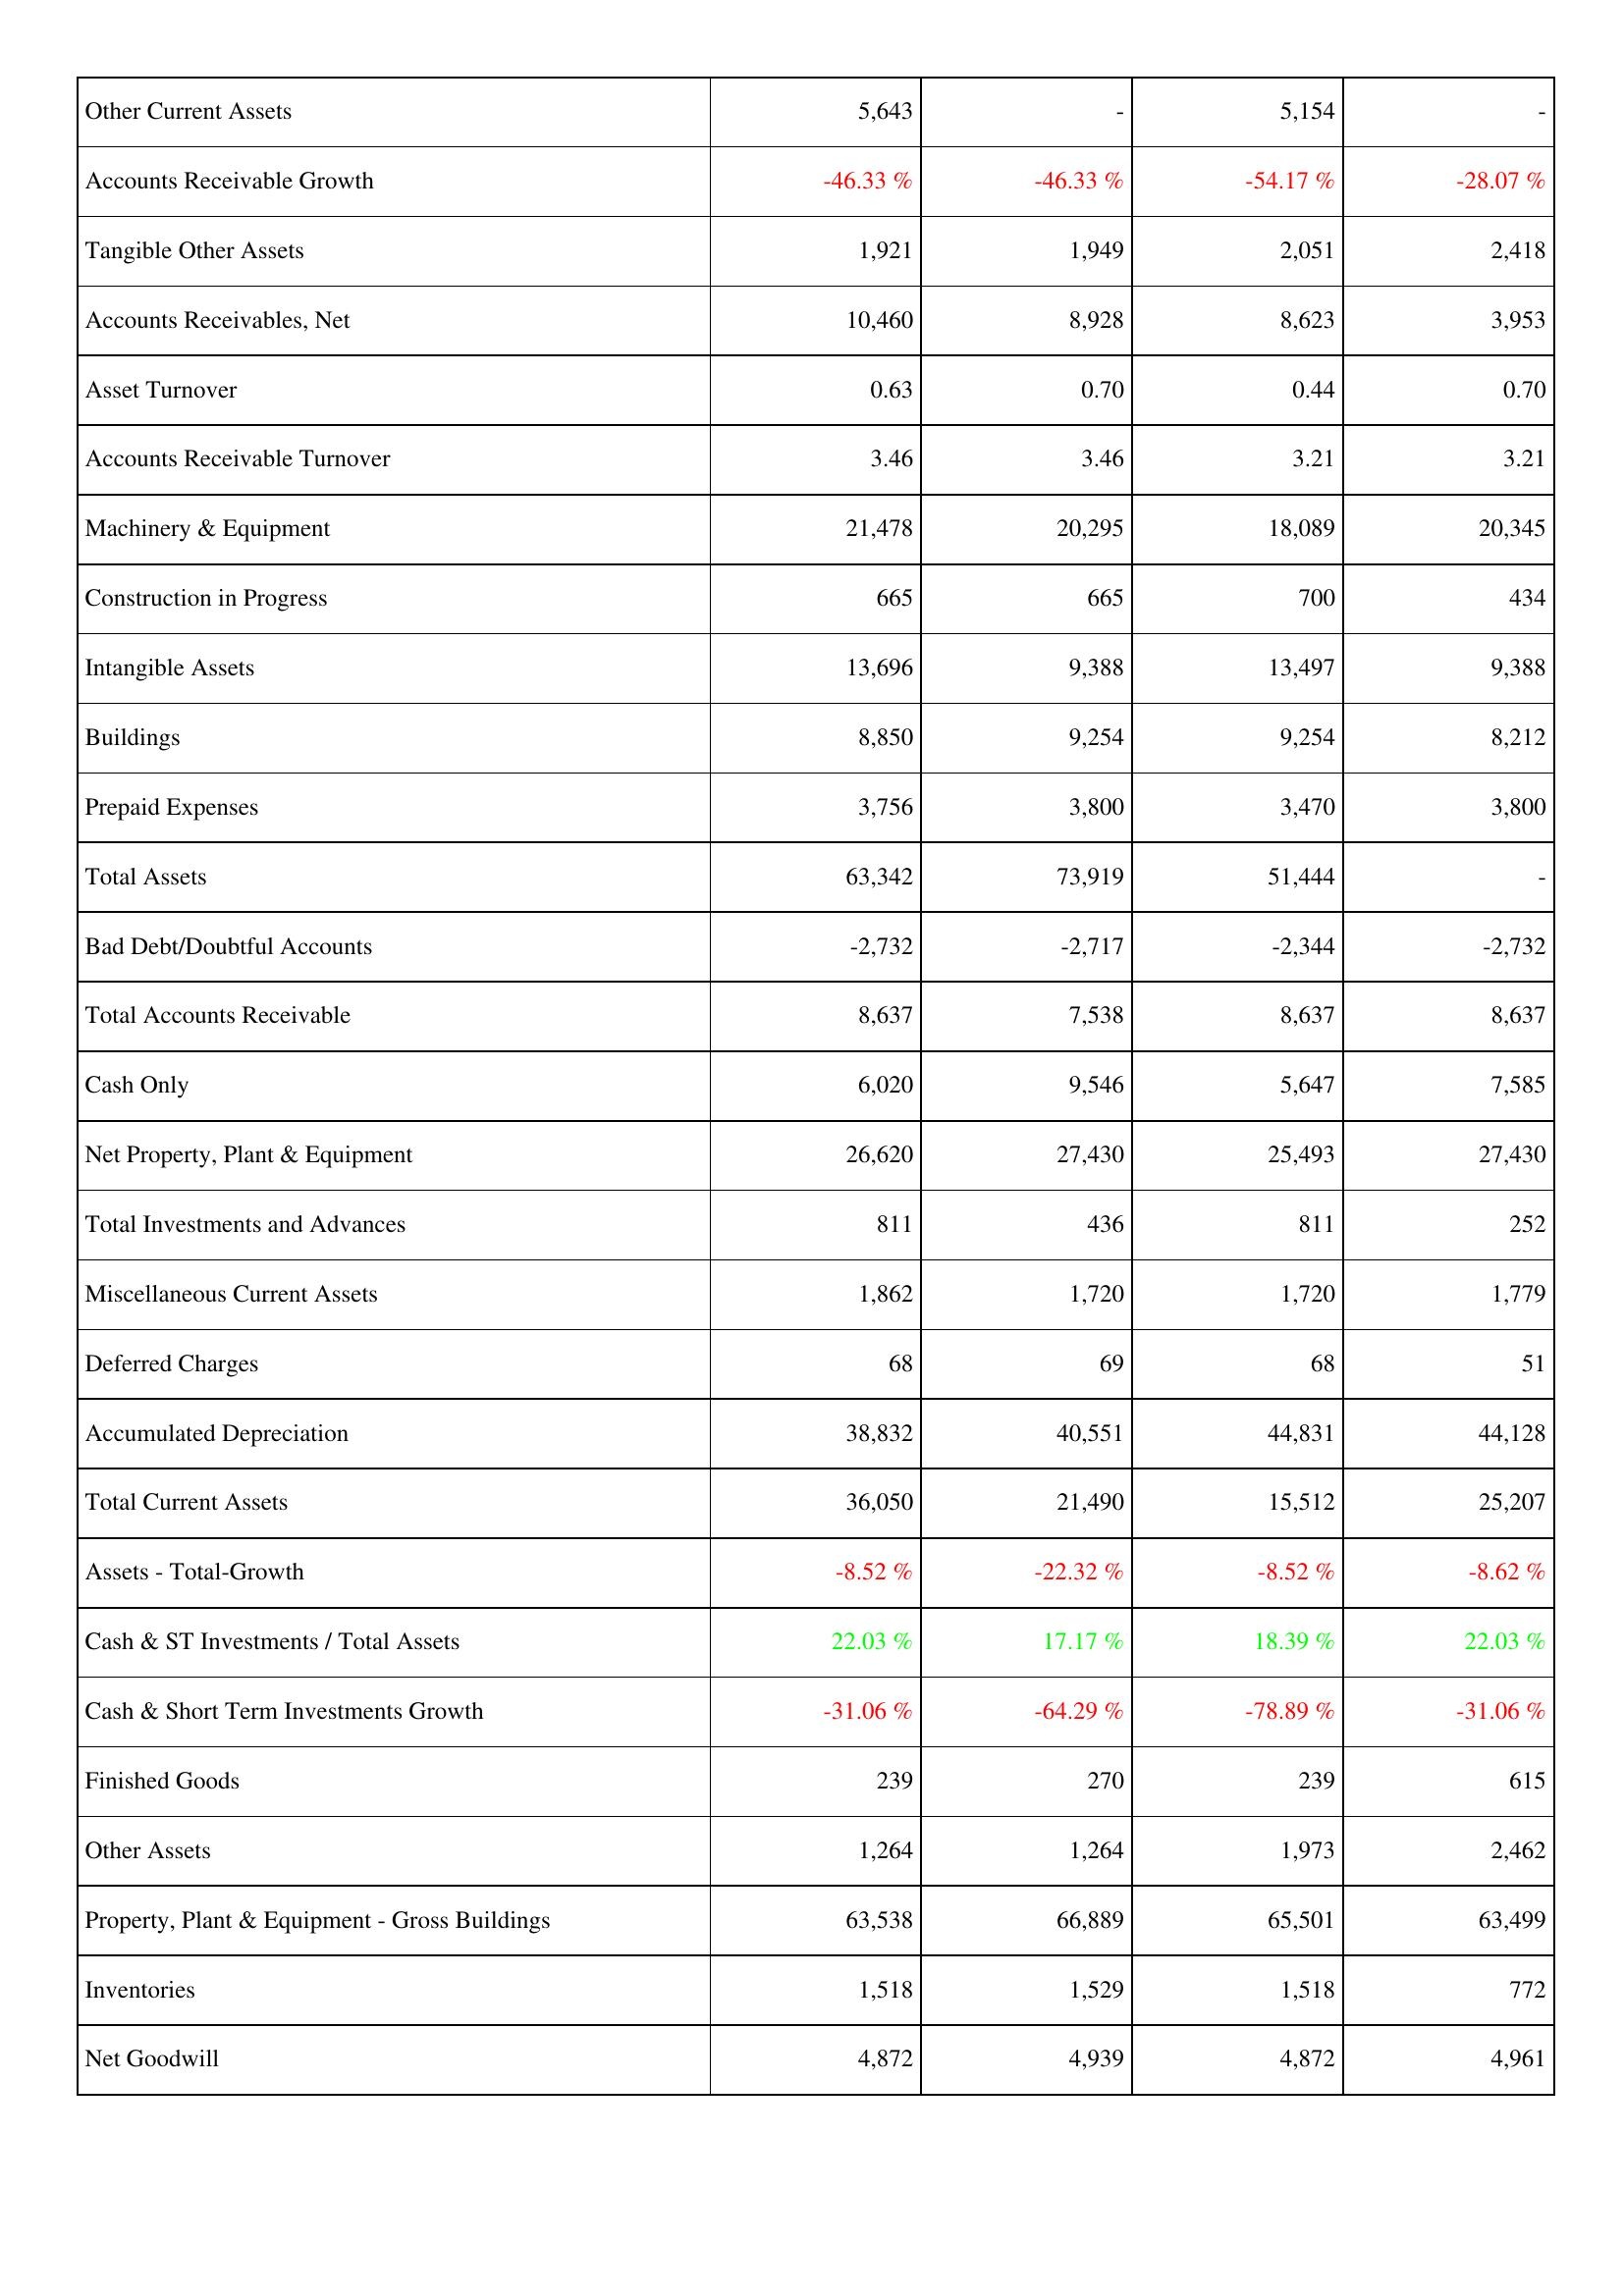
2012: Assets: Other Current Assets: 5,643
Accounts Receivable Growth: -46.33 %
Tangible Other Assets: 1,921
Accounts Receivables, Net: 10,460
Asset Turnover: 0.63
Accounts Receivable Turnover: 3.46
Machinery & Equipment: 21,478
Construction in Progress: 665
Intangible Assets: 13,696
Buildings: 8,850
Prepaid Expenses: 3,756
Total Assets: 63,342
Bad Debt/Doubtful Accounts: -2,732
Total Accounts Receivable: 8,637
Cash Only: 6,020
Net Property, Plant & Equipment: 26,620
Total Investments and Advances: 811
Miscellaneous Current Assets: 1,862
Deferred Charges: 68
Accumulated Depreciation: 38,832
Total Current Assets: 36,050
Assets - Total-Growth: -8.52 %
Cash & ST Investments / Total Assets: 22.03 %
Cash & Short Term Investments Growth: -31.06 %
Finished Goods: 239
Other Assets: 1,264
Property, Plant & Equipment - Gross Buildings: 63,538
Inventories: 1,518
Net Goodwill: 4,872
2013: Assets: Other Current Assets: -
Accounts Receivable Growth: -46.33 %
Tangible Other Assets: 1,949
Accounts Receivables, Net: 8,928
Asset Turnover: 0.70
Accounts Receivable Turnover: 3.46
Machinery & Equipment: 20,295
Construction in Progress: 665
Intangible Assets: 9,388
Buildings: 9,254
Prepaid Expenses: 3,800
Total Assets: 73,919
Bad Debt/Doubtful Accounts: -2,717
Total Accounts Receivable: 7,538
Cash Only: 9,546
Net Property, Plant & Equipment: 27,430
Total Investments and Advances: 436
Miscellaneous Current Assets: 1,720
Deferred Charges: 69
Accumulated Depreciation: 40,551
Total Current Assets: 21,490
Assets - Total-Growth: -22.32 %
Cash & ST Investments / Total Assets: 17.17 %
Cash & Short Term Investments Growth: -64.29 %
Finished Goods: 270
Other Assets: 1,264
Property, Plant & Equipment - Gross Buildings: 66,889
Inventories: 1,529
Net Goodwill: 4,939
2014: Assets: Other Current Assets: 5,154
Accounts Receivable Growth: -54.17 %
Tangible Other Assets: 2,051
Accounts Receivables, Net: 8,623
Asset Turnover: 0.44
Accounts Receivable Turnover: 3.21
Machinery & Equipment: 18,089
Construction in Progress: 700
Intangible Assets: 13,497
Buildings: 9,254
Prepaid Expenses: 3,470
Total Assets: 51,444
Bad Debt/Doubtful Accounts: -2,344
Total Accounts Receivable: 8,637
Cash Only: 5,647
Net Property, Plant & Equipment: 25,493
Total Investments and Advances: 811
Miscellaneous Current Assets: 1,720
Deferred Charges: 68
Accumulated Depreciation: 44,831
Total Current Assets: 15,512
Assets - Total-Growth: -8.52 %
Cash & ST Investments / Total Assets: 18.39 %
Cash & Short Term Investments Growth: -78.89 %
Finished Goods: 239
Other Assets: 1,973
Property, Plant & Equipment - Gross Buildings: 65,501
Inventories: 1,518
Net Goodwill: 4,872
2015: Assets: Other Current Assets: -
Accounts Receivable Growth: -28.07 %
Tangible Other Assets: 2,418
Accounts Receivables, Net: 3,953
Asset Turnover: 0.70
Accounts Receivable Turnover: 3.21
Machinery & Equipment: 20,345
Construction in Progress: 434
Intangible Assets: 9,388
Buildings: 8,212
Prepaid Expenses: 3,800
Total Assets: -
Bad Debt/Doubtful Accounts: -2,732
Total Accounts Receivable: 8,637
Cash Only: 7,585
Net Property, Plant & Equipment: 27,430
Total Investments and Advances: 252
Miscellaneous Current Assets: 1,779
Deferred Charges: 51
Accumulated Depreciation: 44,128
Total Current Assets: 25,207
Assets - Total-Growth: -8.62 %
Cash & ST Investments / Total Assets: 22.03 %
Cash & Short Term Investments Growth: -31.06 %
Finished Goods: 615
Other Assets: 2,462
Property, Plant & Equipment - Gross Buildings: 63,499
Inventories: 772
Net Goodwill: 4,961